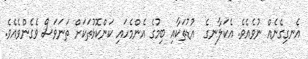
އެނގިގެނެއް ނުވެއެވެ. އެކަލާނގެ  އުޑުތަކާއި ބިމުގެ އެންމެހައި ކަންކޮޅުތަކަށް ތަނަވަސް ވެގެންވެއެވެ.